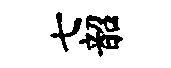
七韶